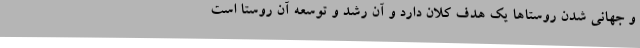
و جهانی شدن روستاها یک هدف کلان دارد و آن رشد و توسعه آن روستا است